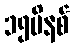
၁၅မိနစ်